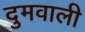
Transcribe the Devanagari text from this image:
दुमवाली